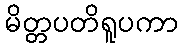
မိတ္တပတိရူပကာ